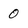
Character: 0